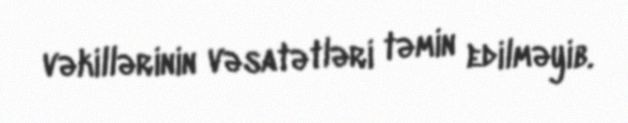
vəkillərinin vəsatətləri təmin edilməyib.